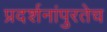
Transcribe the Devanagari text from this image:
प्रदर्शनांपुरतेच